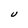
Character: U